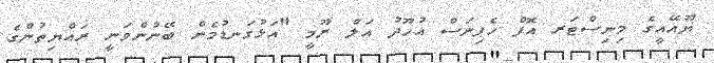
ޔޫއޭއީގެ މިނިސްޓަރ އޮފް ހެޕިނަސް އުހޫދު އަލް ރޫމީ "އަޅުގަނޑުމެން ބޭނުންވަނީ ރައްޔިތުންގެ